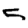
Digit: 5